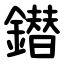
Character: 鐟